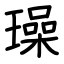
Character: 璪